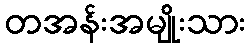
တအန်းအမျိုးသား